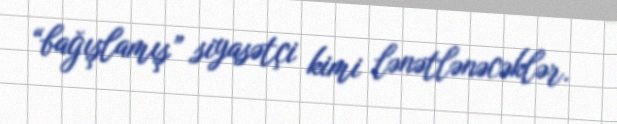
“bağışlamış” siyasətçi kimi lənətlənəcəklər.